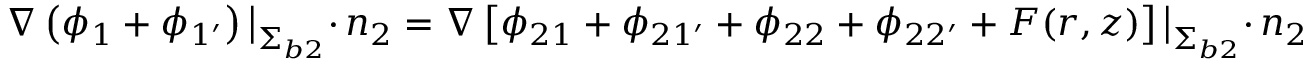
\nabla \left( \phi _ { 1 } + \phi _ { 1 ^ { \prime } } \right) \big | _ { { \upSigma } _ { b 2 } } \cdot \, \boldsymbol { n } _ { 2 } = \nabla \left[ \phi _ { 2 1 } + \phi _ { 2 1 ^ { \prime } } + \phi _ { 2 2 } + \phi _ { 2 2 ^ { \prime } } + F ( r , z ) \right] \big | _ { { \upSigma } _ { b 2 } } \cdot \, \boldsymbol { n } _ { 2 } .